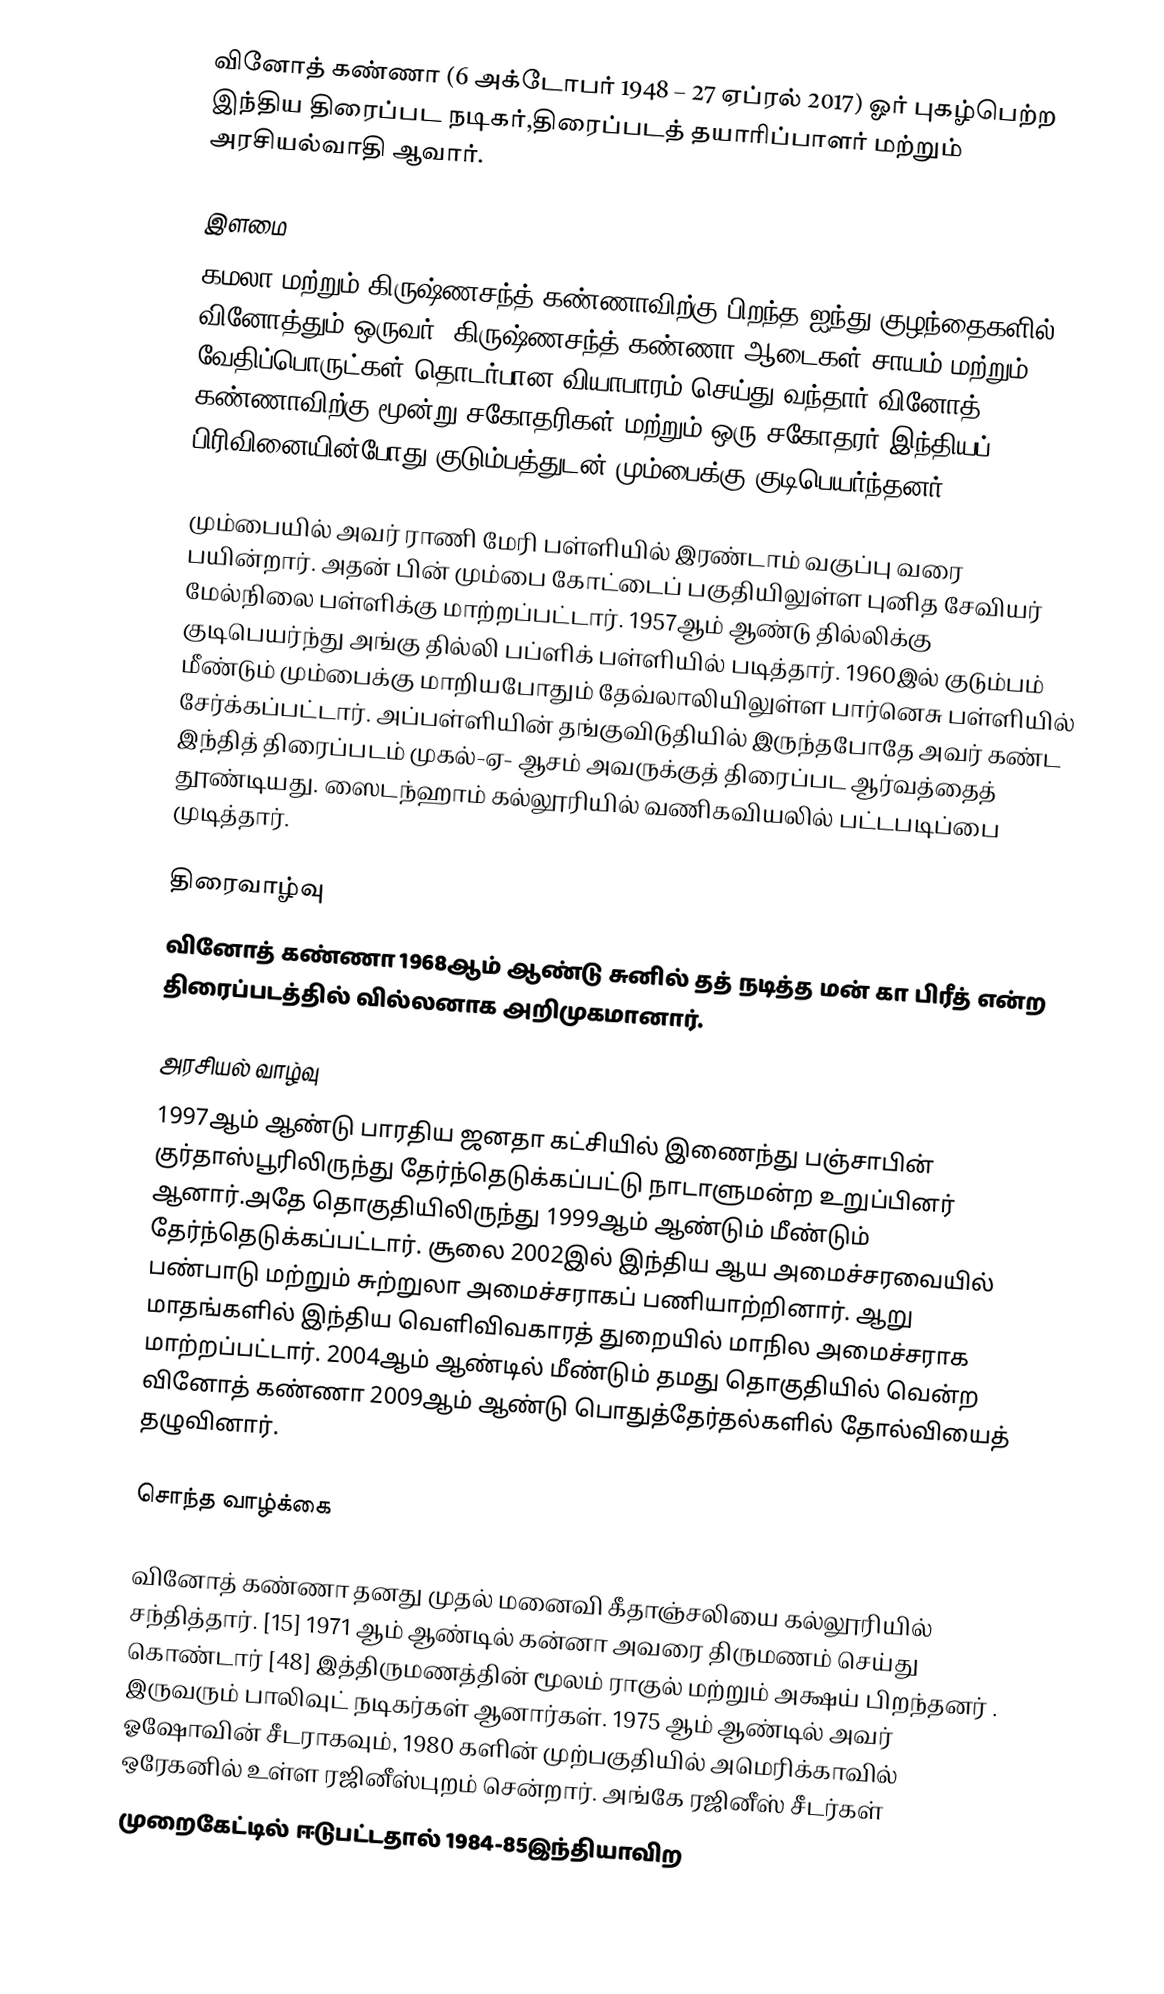
வினோத் கண்ணா (6 அக்டோபர் 1948 – 27 ஏப்ரல் 2017) ஓர் புகழ்பெற்ற இந்திய திரைப்பட நடிகர்,திரைப்படத் தயாரிப்பாளர் மற்றும் அரசியல்வாதி ஆவார்.

இளமை
கமலா மற்றும் கிருஷ்ணசந்த் கண்ணாவிற்கு பிறந்த ஐந்து குழந்தைகளில் வினோத்தும் ஒருவர். கிருஷ்ணசந்த் கண்ணா ஆடைகள்,சாயம் மற்றும் வேதிப்பொருட்கள் தொடர்பான வியாபாரம் செய்து வந்தார்.வினோத் கண்ணாவிற்கு மூன்று சகோதரிகள் மற்றும்  ஒரு சகோதரர்.இந்தியப் பிரிவினையின்போது குடும்பத்துடன் மும்பைக்கு குடிபெயர்ந்தனர்.

மும்பையில் அவர் ராணி மேரி பள்ளியில் இரண்டாம் வகுப்பு வரை பயின்றார். அதன் பின் மும்பை கோட்டைப் பகுதியிலுள்ள புனித சேவியர் மேல்நிலை பள்ளிக்கு மாற்றப்பட்டார். 1957ஆம் ஆண்டு தில்லிக்கு குடிபெயர்ந்து அங்கு தில்லி பப்ளிக் பள்ளியில் படித்தார். 1960இல் குடும்பம் மீண்டும் மும்பைக்கு மாறியபோதும் தேவ்லாலியிலுள்ள பார்னெசு பள்ளியில் சேர்க்கப்பட்டார். அப்பள்ளியின் தங்குவிடுதியில் இருந்தபோதே அவர் கண்ட இந்தித் திரைப்படம் முகல்-ஏ- ஆசம் அவருக்குத் திரைப்பட ஆர்வத்தைத் தூண்டியது. ஸைடந்ஹாம் கல்லூரியில் வணிகவியலில்  பட்டபடிப்பை முடித்தார்.

திரைவாழ்வு
வினோத் கண்ணா 1968ஆம் ஆண்டு சுனில் தத் நடித்த மன் கா பிரீத் என்ற திரைப்படத்தில் வில்லனாக அறிமுகமானார்.

அரசியல் வாழ்வு
1997ஆம் ஆண்டு பாரதிய ஜனதா கட்சியில் இணைந்து பஞ்சாபின் குர்தாஸ்பூரிலிருந்து தேர்ந்தெடுக்கப்பட்டு நாடாளுமன்ற உறுப்பினர் ஆனார்.அதே தொகுதியிலிருந்து 1999ஆம் ஆண்டும் மீண்டும் தேர்ந்தெடுக்கப்பட்டார். சூலை 2002இல் இந்திய ஆய அமைச்சரவையில் பண்பாடு மற்றும் சுற்றுலா அமைச்சராகப் பணியாற்றினார். ஆறு மாதங்களில் இந்திய வெளிவிவகாரத் துறையில் மாநில அமைச்சராக மாற்றப்பட்டார். 2004ஆம் ஆண்டில் மீண்டும் தமது தொகுதியில் வென்ற வினோத் கண்ணா 2009ஆம் ஆண்டு பொதுத்தேர்தல்களில் தோல்வியைத் தழுவினார்.

சொந்த வாழ்க்கை

வினோத் கண்ணா  தனது முதல் மனைவி கீதாஞ்சலியை  கல்லூரியில் சந்தித்தார். [15] 1971 ஆம் ஆண்டில் கன்னா அவரை திருமணம் செய்து கொண்டார் [48] இத்திருமணத்தின் மூலம் ராகுல் மற்றும் அக்ஷய் பிறந்தனர் . இருவரும் பாலிவுட் நடிகர்கள் ஆனார்கள். 1975 ஆம் ஆண்டில் அவர் ஓஷோவின் சீடராகவும், 1980 களின் முற்பகுதியில் அமெரிக்காவில் ஒரேகனில் உள்ள  ரஜினீஸ்புறம் சென்றார். அங்கே ரஜினீஸ் சீடர்கள்
முறைகேட்டில் ஈடுபட்டதால் 1984-85இந்தியாவிற